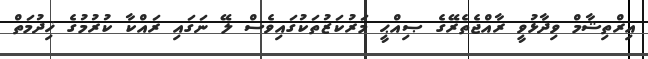
އިރްތިޝާމް ވިދާޅުވީ ރާއްޖެތެރޭގެ ޞިއްޙީ މަރުކަޒުތަކުގައިވެސް ލޭ ނަގައި ރައްކާ ކުރުމުގެ ޚިދުމަތް